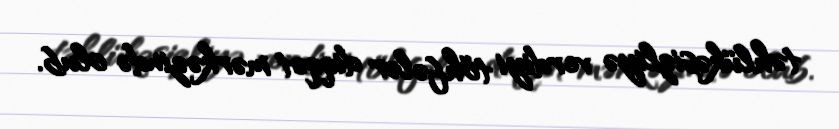
təhlükəsizliyə verdiyi töhfələr diqqət mərkəzində olub.